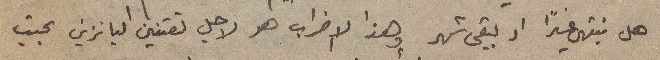
هل ينتهي غداً او يبقى شهر وهذا الاضراب هو لاجل تقنين البانزين بحيث